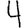
Digit: 4